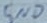
Text: GND